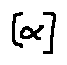
[ \alpha ]